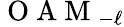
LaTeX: \mathrm{~O~A~M~}_{-\ell}